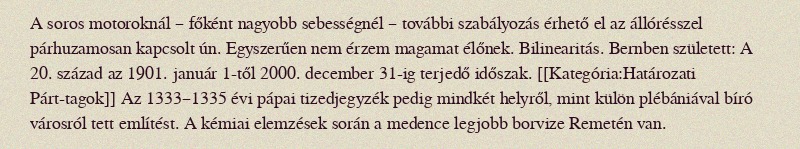
A soros motoroknál – főként nagyobb sebességnél – további szabályozás érhető el az állórésszel párhuzamosan kapcsolt ún. Egyszerűen nem érzem magamat élőnek. Bilinearitás. Bernben született: A 20. század az 1901. január 1-től 2000. december 31-ig terjedő időszak. [[Kategória:Határozati Párt-tagok]] Az 1333–1335 évi pápai tizedjegyzék pedig mindkét helyről, mint külön plébániával bíró városról tett említést. A kémiai elemzések során a medence legjobb borvize Remetén van.